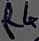
Text: R4